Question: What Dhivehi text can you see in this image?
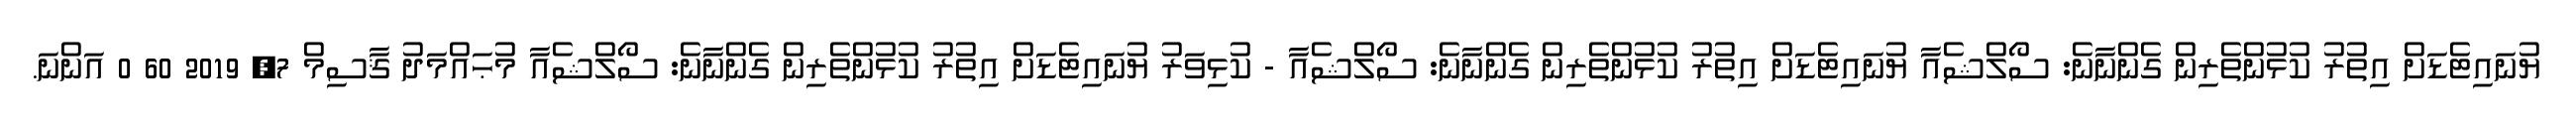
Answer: ޔުނައިޓެޑަށް އިތުރު ކުޅުންތެރިން ގެންނާނެ: ސޯލްޝެއާ ޔުނައިޓެޑަށް އިތުރު ކުޅުންތެރިން ގެންނާނެ: ސޯލްޝެއާ - ކުޅިވަރު ޔުނައިޓެޑަށް އިތުރު ކުޅުންތެރިން ގެންނާނެ: ސޯލްޝެއާ މުޙައްމަދު ޤާސިމް 7, 2019 60 0 އަންނަ.